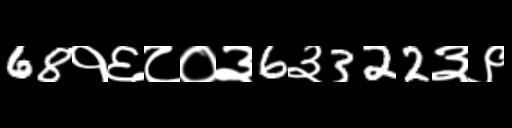
Text: 68१६८०३6३322३९